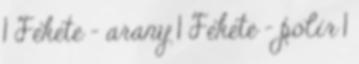
1 Fekete - arany 1 Fekete - polír 1